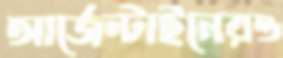
আর্জেন্টাইনেরও